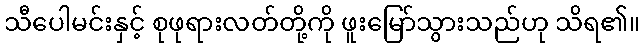
သီပေါမင်းနှင့် စုဖုရားလတ်တို့ကို ဖူးမြော်သွားသည်ဟု သိရ၏။